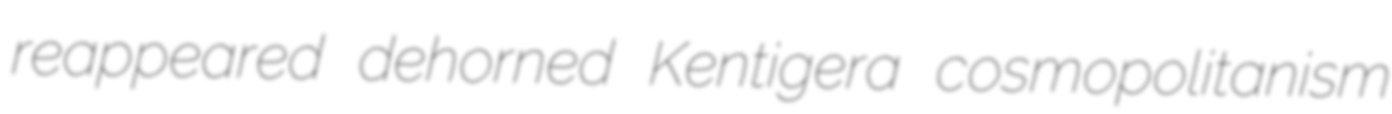
reappeared dehorned Kentigera cosmopolitanism